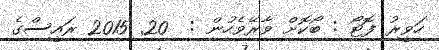
ހަވީރު ފޮޓޯ : ބޯކޮށް ވާރޭވެހުން :  20